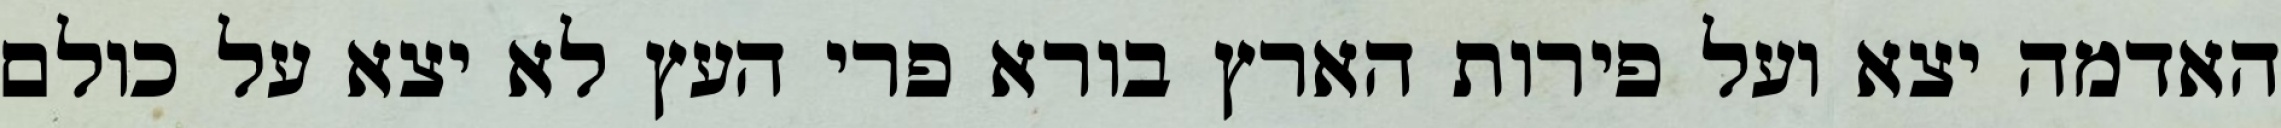
האדמה יצא ועל פירות הארץ בורא פרי העץ לא יצא על כולם